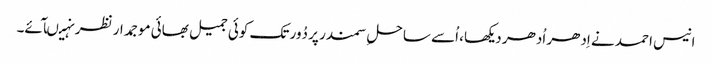
انیس احمد نے اِدھر اُدھر دیکھا، اُسے ساحلِ سمندر پر دُور تک کوئی جمیل بھائی موجمدار نظر نہیںآئے۔